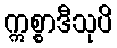
ဣစ္စာဒီသုပိ